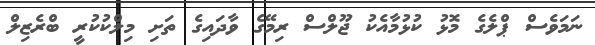
ނަމަވެސް ޕްލެގެ މޮޅު ކުޅުމާއެކު ޖޫލްސް ރިމޭގެ ވާދައިގެ ތަށި މިލްކުކުރީ ބްރެޒިލް